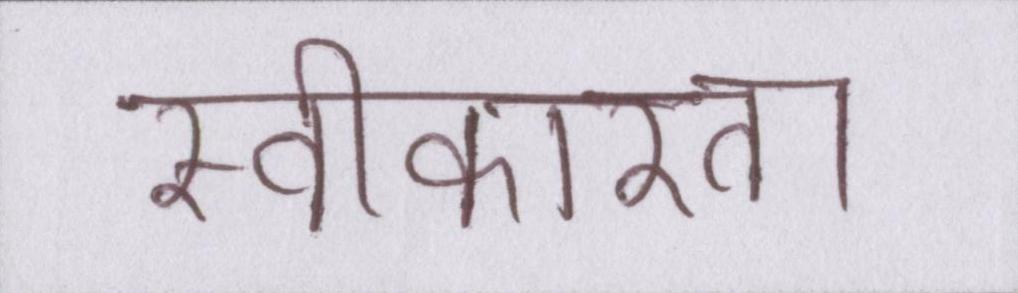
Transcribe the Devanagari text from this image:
स्वीकारता